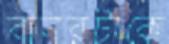
বানরটাকে